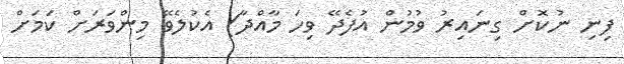
ފިނި ނުކޮށް ގިނައިރު ވުމުން އުފެދޭ ވިހަ މާއްދާ) އެކުލެވޭ މިންވަރަށް ކަމަށް